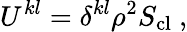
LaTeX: U^{kl}=\delta^{kl}\rho^{2}S_{\mathrm{cl}}\ ,